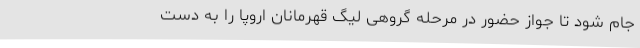
جام شود تا جواز حضور در مرحله گروهی لیگ قهرمانان اروپا را به دست